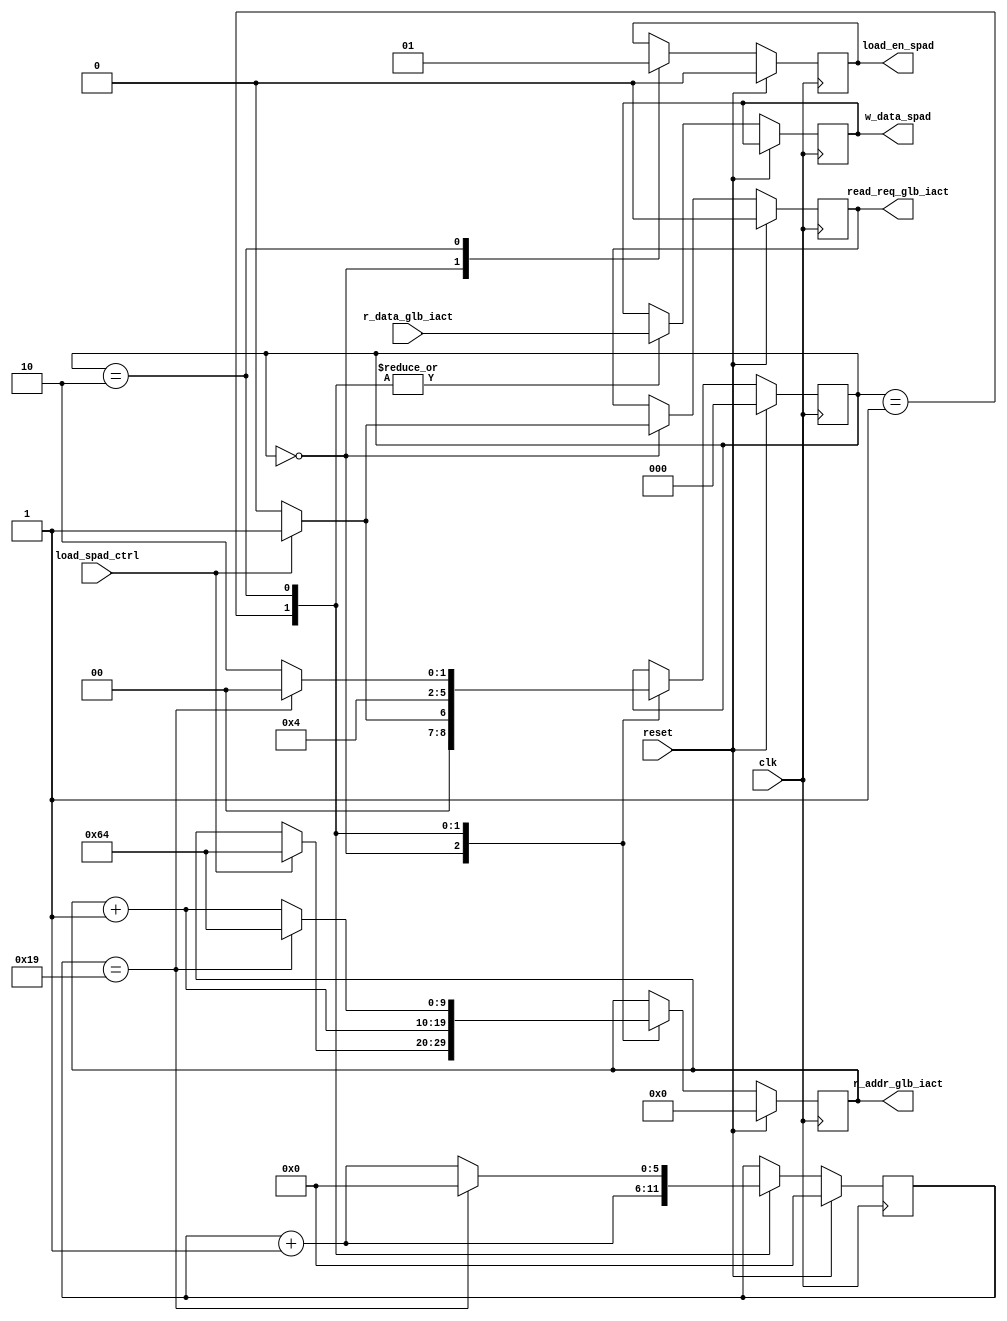
`timescale 1ns / 1ps

module router_iact #( parameter DATA_BITWIDTH = 16,
						parameter ADDR_BITWIDTH_GLB = 10,
						parameter ADDR_BITWIDTH_SPAD = 9,
						
						parameter X_dim = 5,
                        parameter Y_dim = 3,
                        parameter kernel_size = 3,
                        parameter act_size = 5,
						
						parameter A_READ_ADDR =100, 
                        parameter A_LOAD_ADDR = 0
					)
					
					(	input clk,
						input reset,
						
						//for reading glb
						input [DATA_BITWIDTH-1 : 0] r_data_glb_iact,
						output reg [ADDR_BITWIDTH_GLB-1 : 0] r_addr_glb_iact,
						output reg read_req_glb_iact,
						
						//for writing to spad
						output reg [DATA_BITWIDTH-1 : 0] w_data_spad,
						output reg load_en_spad,
						
						//Input from control unit to load weights to spad
						input load_spad_ctrl
			
					);
				
					
		// enum reg [2:0] {IDLE=3'b000, READ_GLB=3'b001, WRITE_SPAD=3'b010, READ_GLB_0=3'b011} state;
		reg [2:0] state;		
		localparam IDLE=3'b000;
		localparam READ_GLB=3'b001;
		localparam WRITE_SPAD=3'b010;
		localparam READ_GLB_0=3'b011;
		reg [5:0] filt_count;
		
		always@(posedge clk) begin
			// $display("State: %s,filt_count: %d", state.name(),filt_count);
			if(reset) begin
				read_req_glb_iact <= 0;
				r_addr_glb_iact <= 0;
				load_en_spad <= 0;
				filt_count <= 0;
				state <= IDLE;
			end else begin
				case(state)
					IDLE:begin
						if(load_spad_ctrl) begin
							read_req_glb_iact <= 1;
							r_addr_glb_iact <= A_READ_ADDR;
							load_en_spad <= 0;
							state <= READ_GLB;
						end else begin
							read_req_glb_iact <= 0;
							load_en_spad <= 0;
							state <= IDLE;
						end
					end
					
					READ_GLB:begin
						
						filt_count <= filt_count + 1;
						r_addr_glb_iact <= r_addr_glb_iact + 1;
						w_data_spad <= r_data_glb_iact;
						state <= WRITE_SPAD;
					end
					
					WRITE_SPAD:begin
						load_en_spad <= 1;
						if(filt_count == (act_size**2)) begin
							w_data_spad <= r_data_glb_iact;
							filt_count <= 0;
							r_addr_glb_iact <= A_READ_ADDR;
							
							state <= IDLE;
						end else begin
							w_data_spad <= r_data_glb_iact;
							filt_count <= filt_count + 1;
							r_addr_glb_iact <= r_addr_glb_iact + 1;
							state <= WRITE_SPAD;
						end
					end
				endcase
			end
		end
 
endmodule